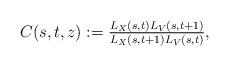
LaTeX: \begin{align*}C(s,t,z):=\tfrac{L_X(s,t)L_V(s,t+1)}{L_X(s,t+1)L_V(s,t)},\end{align*}